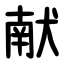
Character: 献